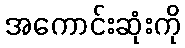
အကောင်းဆုံးကို